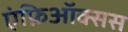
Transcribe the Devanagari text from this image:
एंफ़िऑक्सस